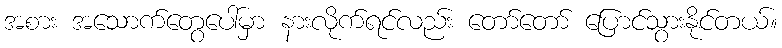
အစား အသောက်တွေပေါ်မှာ နားလိုက်ရင်လည်း တော်တော် ပြောင်သွားနိုင်တယ်။